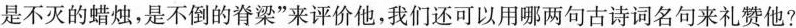
是不灭的蜡烛，是不倒的脊梁”来评价他，我们还可以用哪两句古诗词名句来礼赞他?